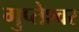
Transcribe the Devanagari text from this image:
गुप्तेश्‍वर